Lunatic asylums Central Provinces reports 1874-1885 - 1874-1885
Year: 1874
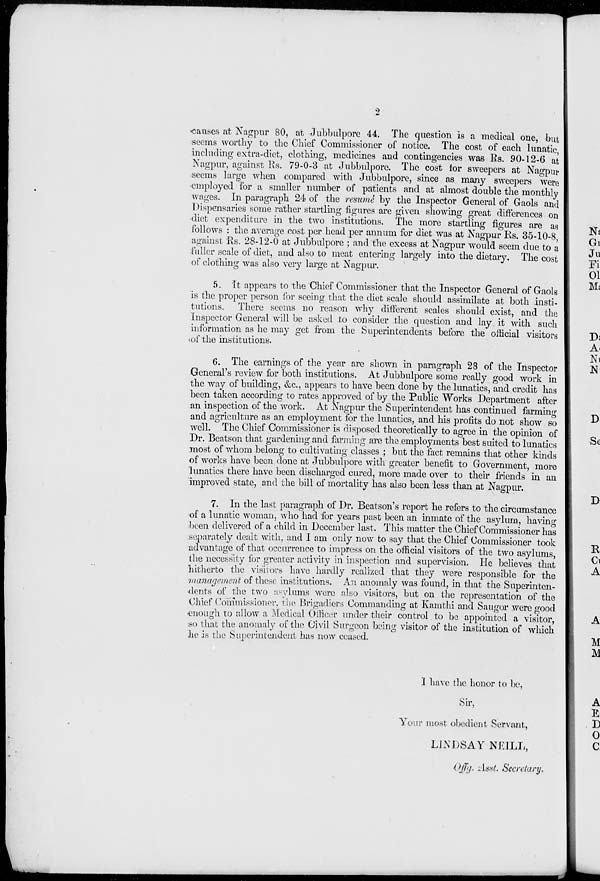
2
causes at Nagpur 80, at Jubbulpore 44. The question is a medical one, but
seems worthy to the Chief Commissioner of notice. The cost of each lunatic,
including extra-diet, clothing, medicines and contingencies was Rs. 90-12-6 at
Nagpur, against Rs. 79-0-3 at Jubbulpore. The cost for sweepers at Nagpur
seems large when compared with Jubbulpore, since as many sweepers were
employed for a smaller number of patients and at almost double the monthly
wages. In paragraph 24 of the resumé by the Inspector General of Gaols and
Dispensaries some rather startling figures are given showing great differences on
diet expenditure in the two institutions. The more startling figures are as
follows : the average cost per head per annum for diet was at Nagpur Rs. 35-10-8,
against Rs. 28-12-0 at Jubbulpore ; and the excess at Nagpur would seem due to a
fuller scale of diet, and also to meat entering largely into the dietary. The cost
of clothing was also very large at Nagpur.
5. It appears to the Chief Commissioner that the Inspector General of Gaols
is the proper person for seeing that the diet scale should assimilate at both insti-
tutions. There seems no reason why different scales should exist, and the
Inspector General will be asked to consider the question and lay it with such
information as he may get from the Superintendents before the official visitors
of the institutions.
6. The earnings of the year are shown in paragraph 28 of the Inspector
General's review for both institutions. At Jubbulpore some really good work in
the way of building, &c., appears to have been done by the lunatics, and credit has
been taken according to rates approved of by the Public Works Department after
an inspection of the work. At Nagpur the Superintendent has continued farming
and agriculture as an employment for the lunatics, and his profits do not show so
well. The Chief Commissioner is disposed theoretically to agree in the opinion of
Dr. Beatson that gardening and farming are the employments best suited to lunatics
most of whom belong to cultivating classes ; but the fact remains that other kinds
of works have been done at Jubbulpore with greater benefit to Government, more
lunatics there have been discharged cured, more made over to their friends in an
improved state, and the bill of mortality has also been less than at Nagpur.
7. In the last paragraph of Dr. Beatson's report he refers to the circumstance
of a lunatic woman, who had for years past been an inmate of the asylum, having
been delivered of a child in December last. This matter the Chief Commissioner has
separately dealt with, and I am only now to say that the Chief Commissioner took
advantage of that occurrence to impress on the official visitors of the two asylums,
the necessity for greater activity in inspection and supervision. He believes that
hitherto the visitors have hardly realized that they were responsible for the
management of these institutions. An anomaly was found, in that the Superinten-
dents of the two asylums were also visitors, but on the representation of the
Chief Commissioner, the Brigadiers Commanding at Kamthi and Saugor were good
enough to allow a Medical Officer under their control to be appointed a visitor,
so that the anomaly of the Civil Surgeon being visitor of the institution of which
he is the Superintendent has now ceased.
I have the honor to be,
Sir,
Your most obedient Servant,
LINDSAY NEILL,
Offg. Asst. Secretary.